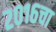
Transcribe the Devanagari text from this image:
२०१६चा